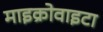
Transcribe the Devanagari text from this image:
माइक्रोवाइटा